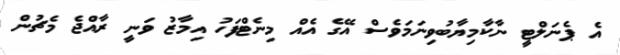
އެ ޕެނަލްޓީ ނާކާމިޔާބުވިނަމަވެސް އޭގެ އެއް މިނެޓްފަހު އިމާޒު ވަނީ ރާއްޖެ މެޗުން